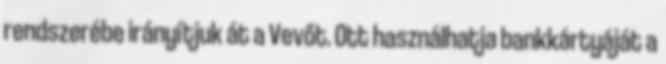
rendszerébe irányítjuk át a Vevőt. Ott használhatja bankkártyáját a